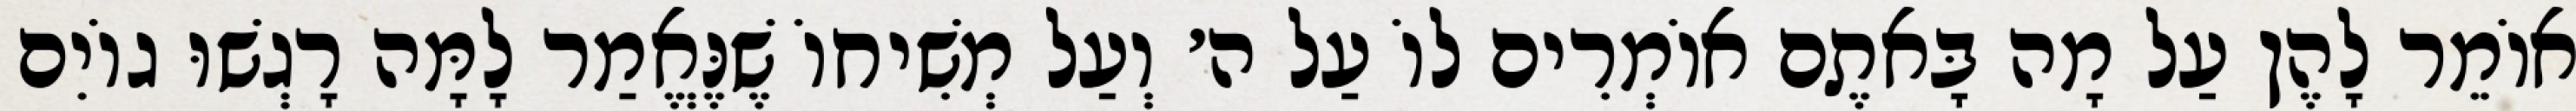
אוֹמֵר לָהֶן עַל מָה בָּאתֶם אוֹמְרִים לוֹ עַל ה׳ וְעַל מְשִׁיחוֹ שֶׁנֶּאֱמַר לָמָּה רָגְשׁוּ גוֹיִם